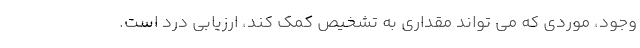
وجود، موردی که می تواند مقداری به تشخیص کمک کند، ارزیابی درد است.